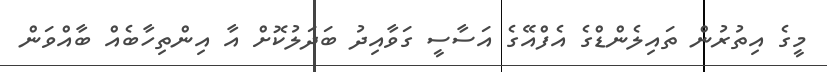
މީގެ އިތުރުން ތައިލެންޑްގެ އެފްއޭގެ އަސާސީ ގަވާއިދު ބަދަލުކޮށް އާ އިންތިހާބެއް ބާއްވަން